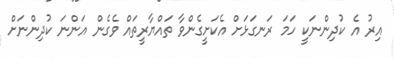
އިރު އެ ކުދިންނަކީ ހަމަ ރަނގަޅަށް އެކަށީގެންވާ ތައްޔާރީތައް ވެގެން އަންނަ ކުދިންނަށް